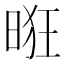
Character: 𰖌